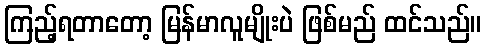
ကြည့်ရတာတော့ မြန်မာလူမျိုးပဲ ဖြစ်မည် ထင်သည်။